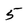
Character: 5